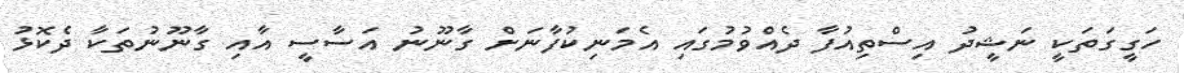
ހަގީގަތަކީ ނަޝީދު އިސްތިއުފާ ދެއްވުމުގައި އެމަނިކުފާނަށް ގާނޫނު އަސާސީ އާއި ގާނޫނުތަކާ ދެކޮޅު